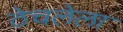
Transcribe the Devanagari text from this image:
ठेचलेला